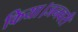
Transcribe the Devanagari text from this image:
किया।जनवरी